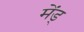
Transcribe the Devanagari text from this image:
मेंड्